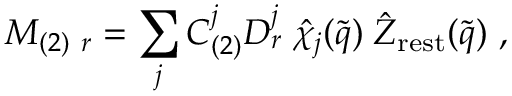
{ \cal M } _ { ( 2 ) \ r } = \sum _ { j } C _ { ( 2 ) } ^ { j } D _ { r } ^ { j } \; \hat { \chi } _ { j } ( \tilde { q } ) \; \hat { Z } _ { \mathrm { r e s t } } ( \tilde { q } ) \ ,